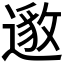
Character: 𮟅